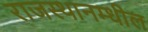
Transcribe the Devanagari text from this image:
राजस्थानम्धील